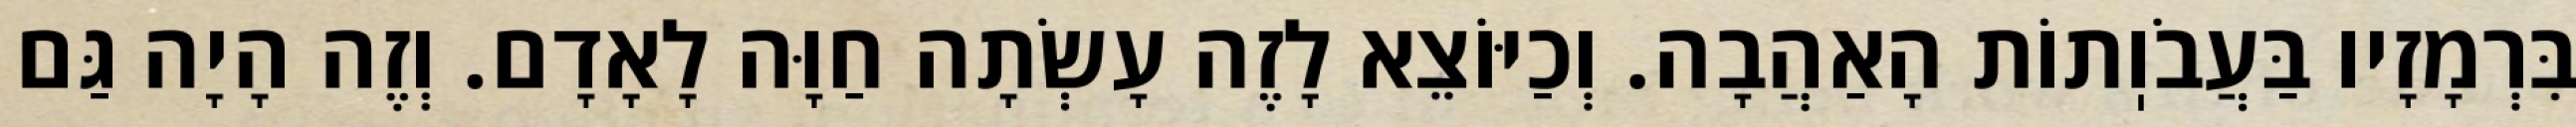
בִּרְמָזָיו בַּעֲבֹוֽתוֹת הָאַהֲבָה. וְכַיּוֹצֵא לָזֶה עָשְׂתָה חַוָּה לָאָדָם. וְזֶה הָיָה גַּם